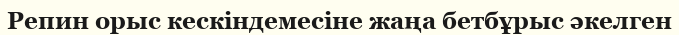
Репин орыс кескіндемесіне жаңа бетбұрыс әкелген